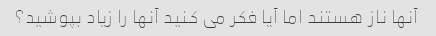
آنها ناز هستند اما آیا فکر می کنید آنها را زیاد بپوشید؟